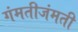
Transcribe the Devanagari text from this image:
गंमतीजंमती